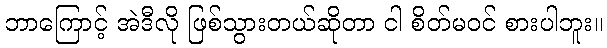
ဘာကြောင့် အဲဒီလို ဖြစ်သွားတယ်ဆိုတာ ငါ စိတ်မဝင် စားပါဘူး။